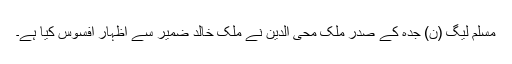
مسلم لیگ (ن) جدہ کے صدر ملک محی الدین نے ملک خالد ضمیر سے اظہار افسوس کیا ہے۔